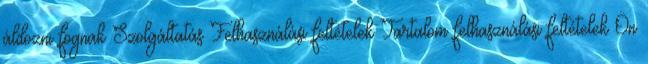
áldozni fognak Szolgáltatás Felhasználási feltételek Tartalom felhasználási feltételek Ön